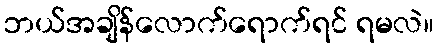
ဘယ်အချိန်လောက်ရောက်ရင် ရမလဲ။